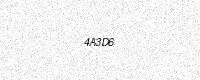
Text: 4A3D6